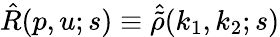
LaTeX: \hat{R}(p,u;s)\equiv\hat{\tilde{\rho}}(k_{1},k_{2};s)